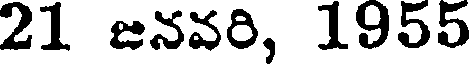
21 జనవరి, 1955